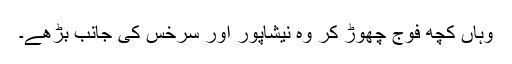
وہاں کچھ فوج چھوڑ کر وہ نیشاپور اور سرخس کی جانب بڑھے۔